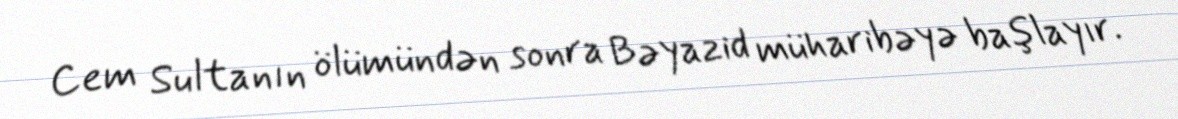
Cem Sultanın ölümündən sonra Bəyazid müharibəyə başlayır.